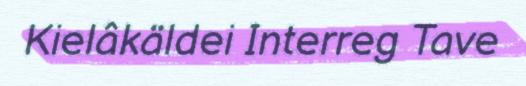
Kielâkäldei Interreg Tave